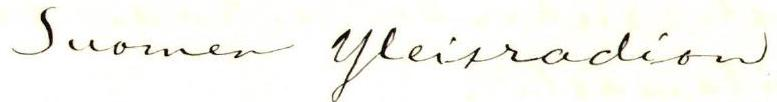
Suomen Yleisradion